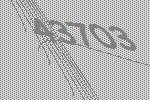
43703